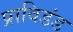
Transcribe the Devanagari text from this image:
प्राविडंड